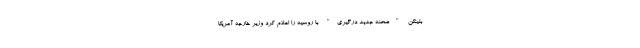
بلینکن "صحنه جدید درگیری" با روسیه را اعلام کرد وزیر خارجه آمریکا